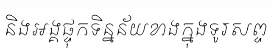
និងអង្គផ្ទុកទិន្នន័យខាងក្នុងទូរសព្ទ